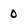
Character: 0